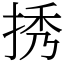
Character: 𢭆